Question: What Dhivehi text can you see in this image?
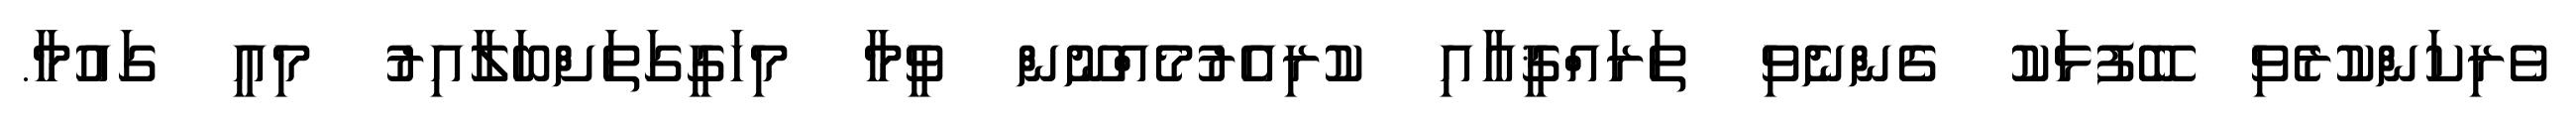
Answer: ވެރިކަންކުރެވި ބޭފުޅަކު ގެންނެވި ތަރައްޤީއާއި ކުރިއެރުމެއްނޫން ވީމާ މިހަގީގަތަށްބަލާއިރު މިއީ ގައުމާ.